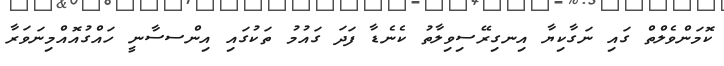
ކޮމަންވެލްތް ގައި ނަގާކިޔާ އިނގިރޭސިވިލާތު ކެނެޑާ ފަދަ ގައުމު ތަކުގައި އިންސސާނީ ހައްގުއޮއްމިނަވަރާ